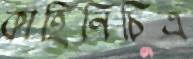
কাহিনিচিত্র